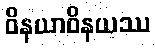
ဝိနယာဝိနယဿ